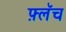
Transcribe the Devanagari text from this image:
फ़्लॅच